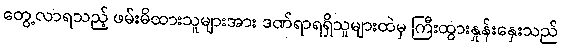
တွေ့လာရသည့် ဖမ်းမိထားသူများအား ဒဏ်ရာရရှိသူများထဲမှ ကြီးထွားနှုန်းနှေးသည်